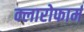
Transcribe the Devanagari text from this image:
क्लारोफार्म